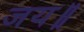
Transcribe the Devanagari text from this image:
जय॥